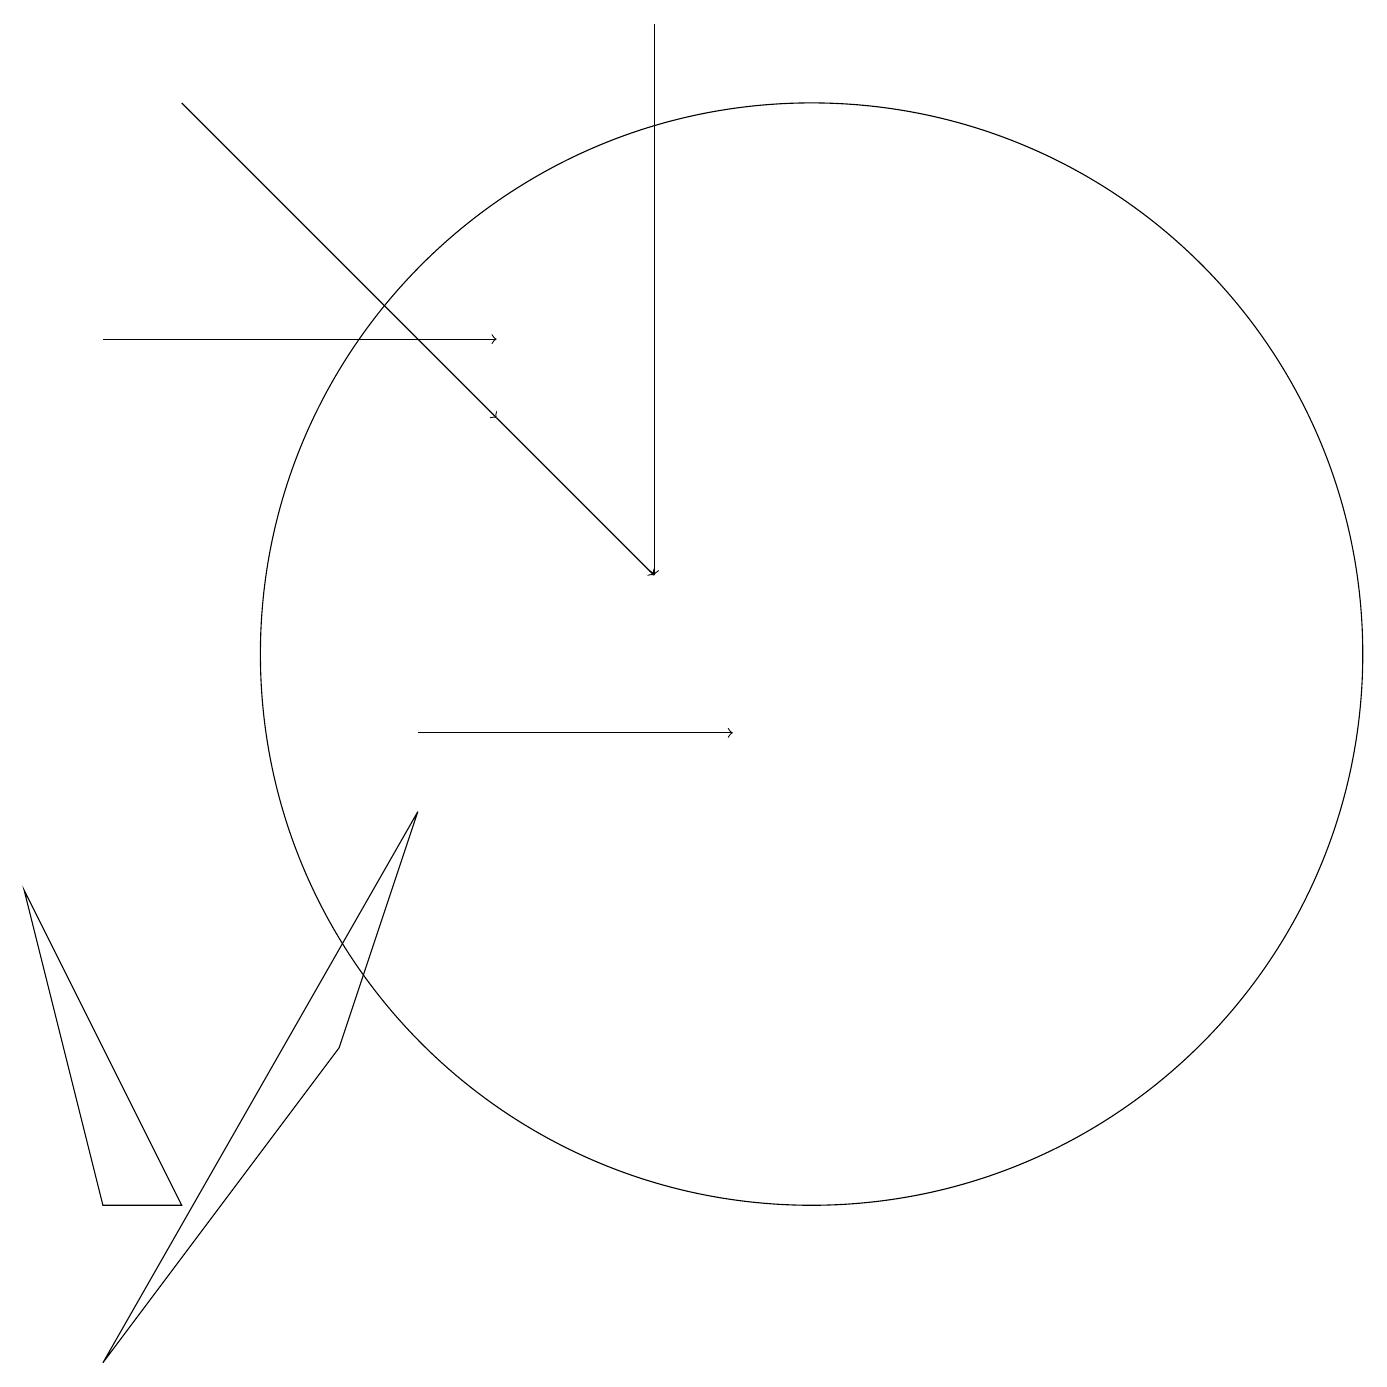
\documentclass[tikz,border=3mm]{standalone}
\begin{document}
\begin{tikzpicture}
\draw (10,11) circle (7);
\draw[->] (1,15) -- (6,15);
\draw[->] (5,10) -- (9,10);
\draw[->] (2,18) -- (6,14);
\draw (1,4) -- (0,8) -- (2,4) -- cycle;
\draw[->] (6,14) -- (8,12);
\draw (1,2) -- (4,6) -- (5,9) -- cycle;
\draw[->] (8,19) -- (8,12);
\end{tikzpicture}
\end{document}